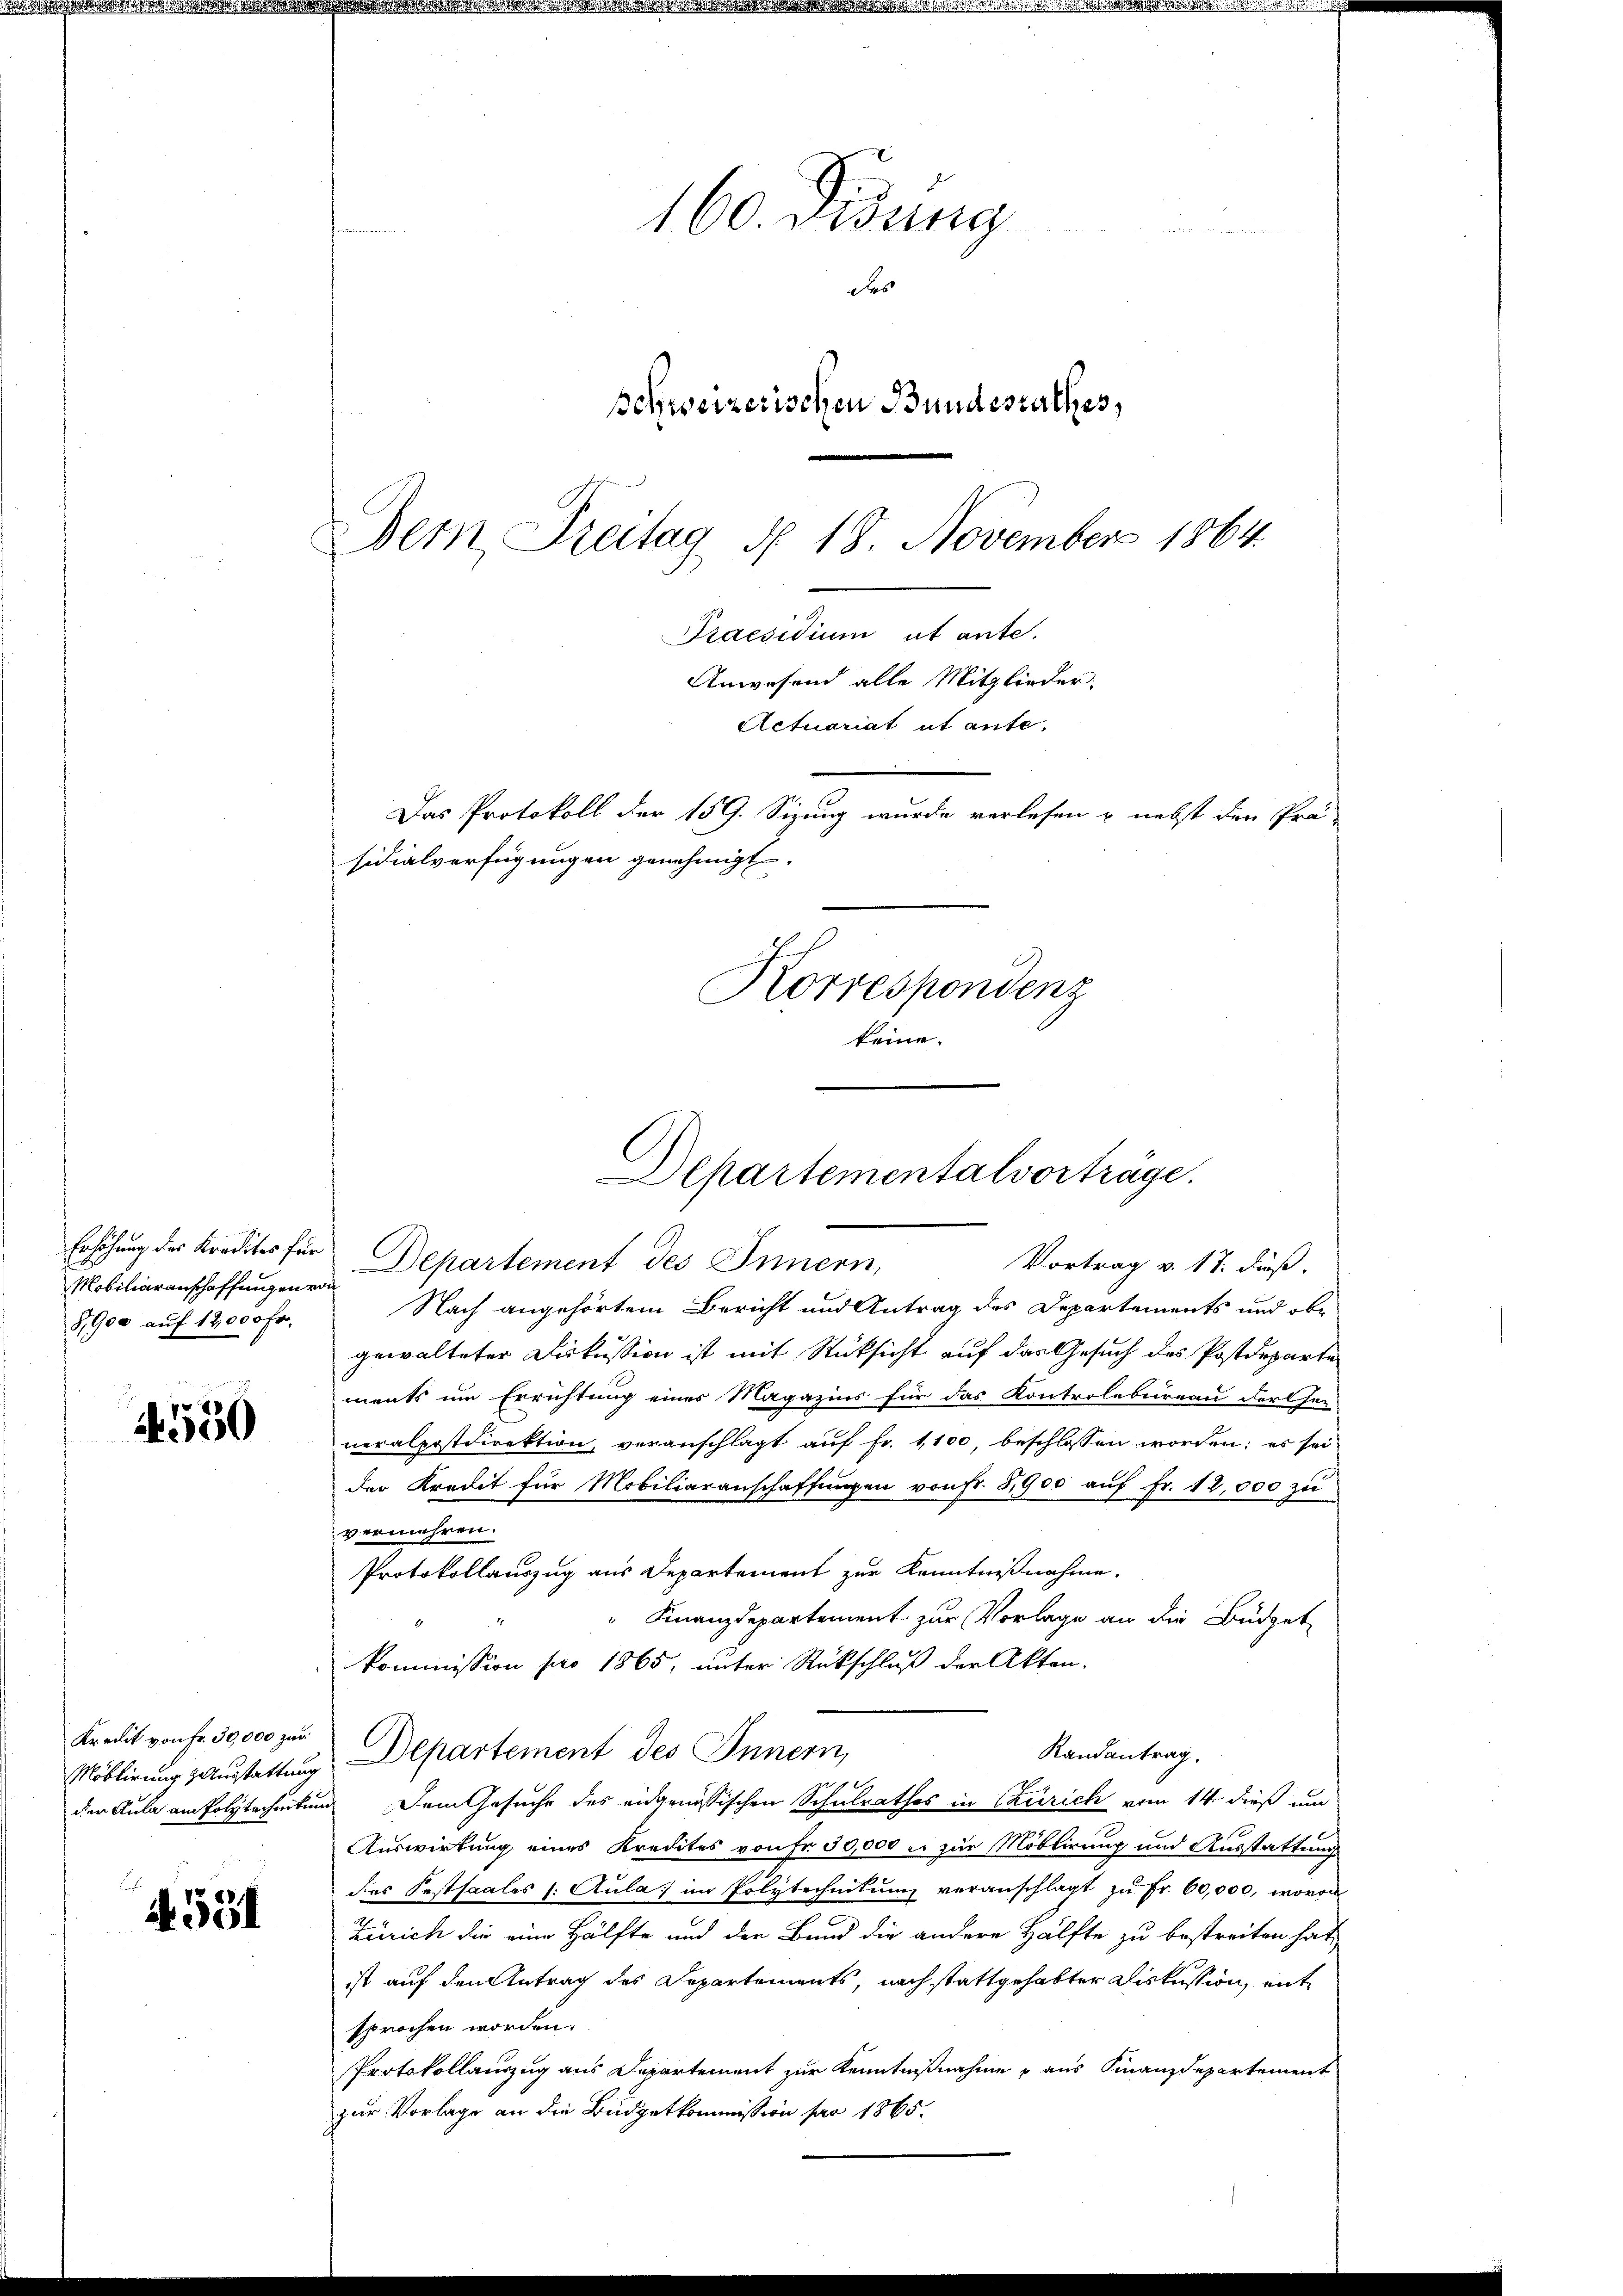
Mobiliaranschaffungen von
81900 auf 12,000 Fr.

550

Kredit von Fr. 30,000 zur

4531

160. Didung
des
Schweizerischen Bundesrathes,
Dem Freitag N. 18. November 1864.
Praesidium ut ante.
Anwesend alle Mitglieder.
Actuariat ut ante.
Das Protokoll der 159. Sizung wurde verlesen u. nebst den Prä-
sidialverfügungen genehmigt.
Korrespondenz
keine

Departementalvorträge.
Vortrag v. 17. dieß.

Erhöhung des Kredites für Departement des Innern,
Nach angehörtem Bericht und Antrag des Departements und obe
gewalteter Diskussion ist mit Rücksicht auf der Gesuch des Postdeparte
ments um Errichtung einer Magazins für das Kontrolbureau der sei-
neralpostdirektion, veranschlägt auf Fr. 1100, beschlossen worden; es sei
der Kredit für Mobiliaranschaffŭngen von fr. 3,900 aŭf Fr. 12,000 zu
vermehren.
Protokollauszug aus Departement zur Kenntnißnahme.
" Finanzdepartement zur Vorlage an die Büdget
kommission pro 1865, unter Rückschluß der Akten.
Randantrag.
Möblirung ausstattung Departement des Innern,
ge
der Aula am folytechnitung dem Gesuche des eidgenössischen Schulrathes in Czurich vom 14. dieß um
Auswirkung eines Kredites von Fr. 30,000 er zur Moblirung und Ausstattung
des Festsaales l. Aula im Polytechnikum veranschlagt zu Fr. 60,000, wovon
Zürich die eine Hälfte und der Bund die andere Hälfte zu bestreiten hat,
ist auf den Antrag des Departements, nach stattgehabter Diskussion, entsprochen worden.
Protokollauszug aus Departement zur Kenntnißnahme u aus Finanzdepartement
zur Vorlage an die Budgetkommission par 1865.